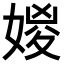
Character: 𡞧